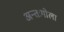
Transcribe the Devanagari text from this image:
अन्तःगोला